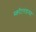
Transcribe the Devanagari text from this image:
स्कॉटलंडसह